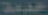
عدية